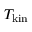
T _ { \mathrm { k i n } }